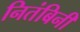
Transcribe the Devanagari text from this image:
नितंबिनी